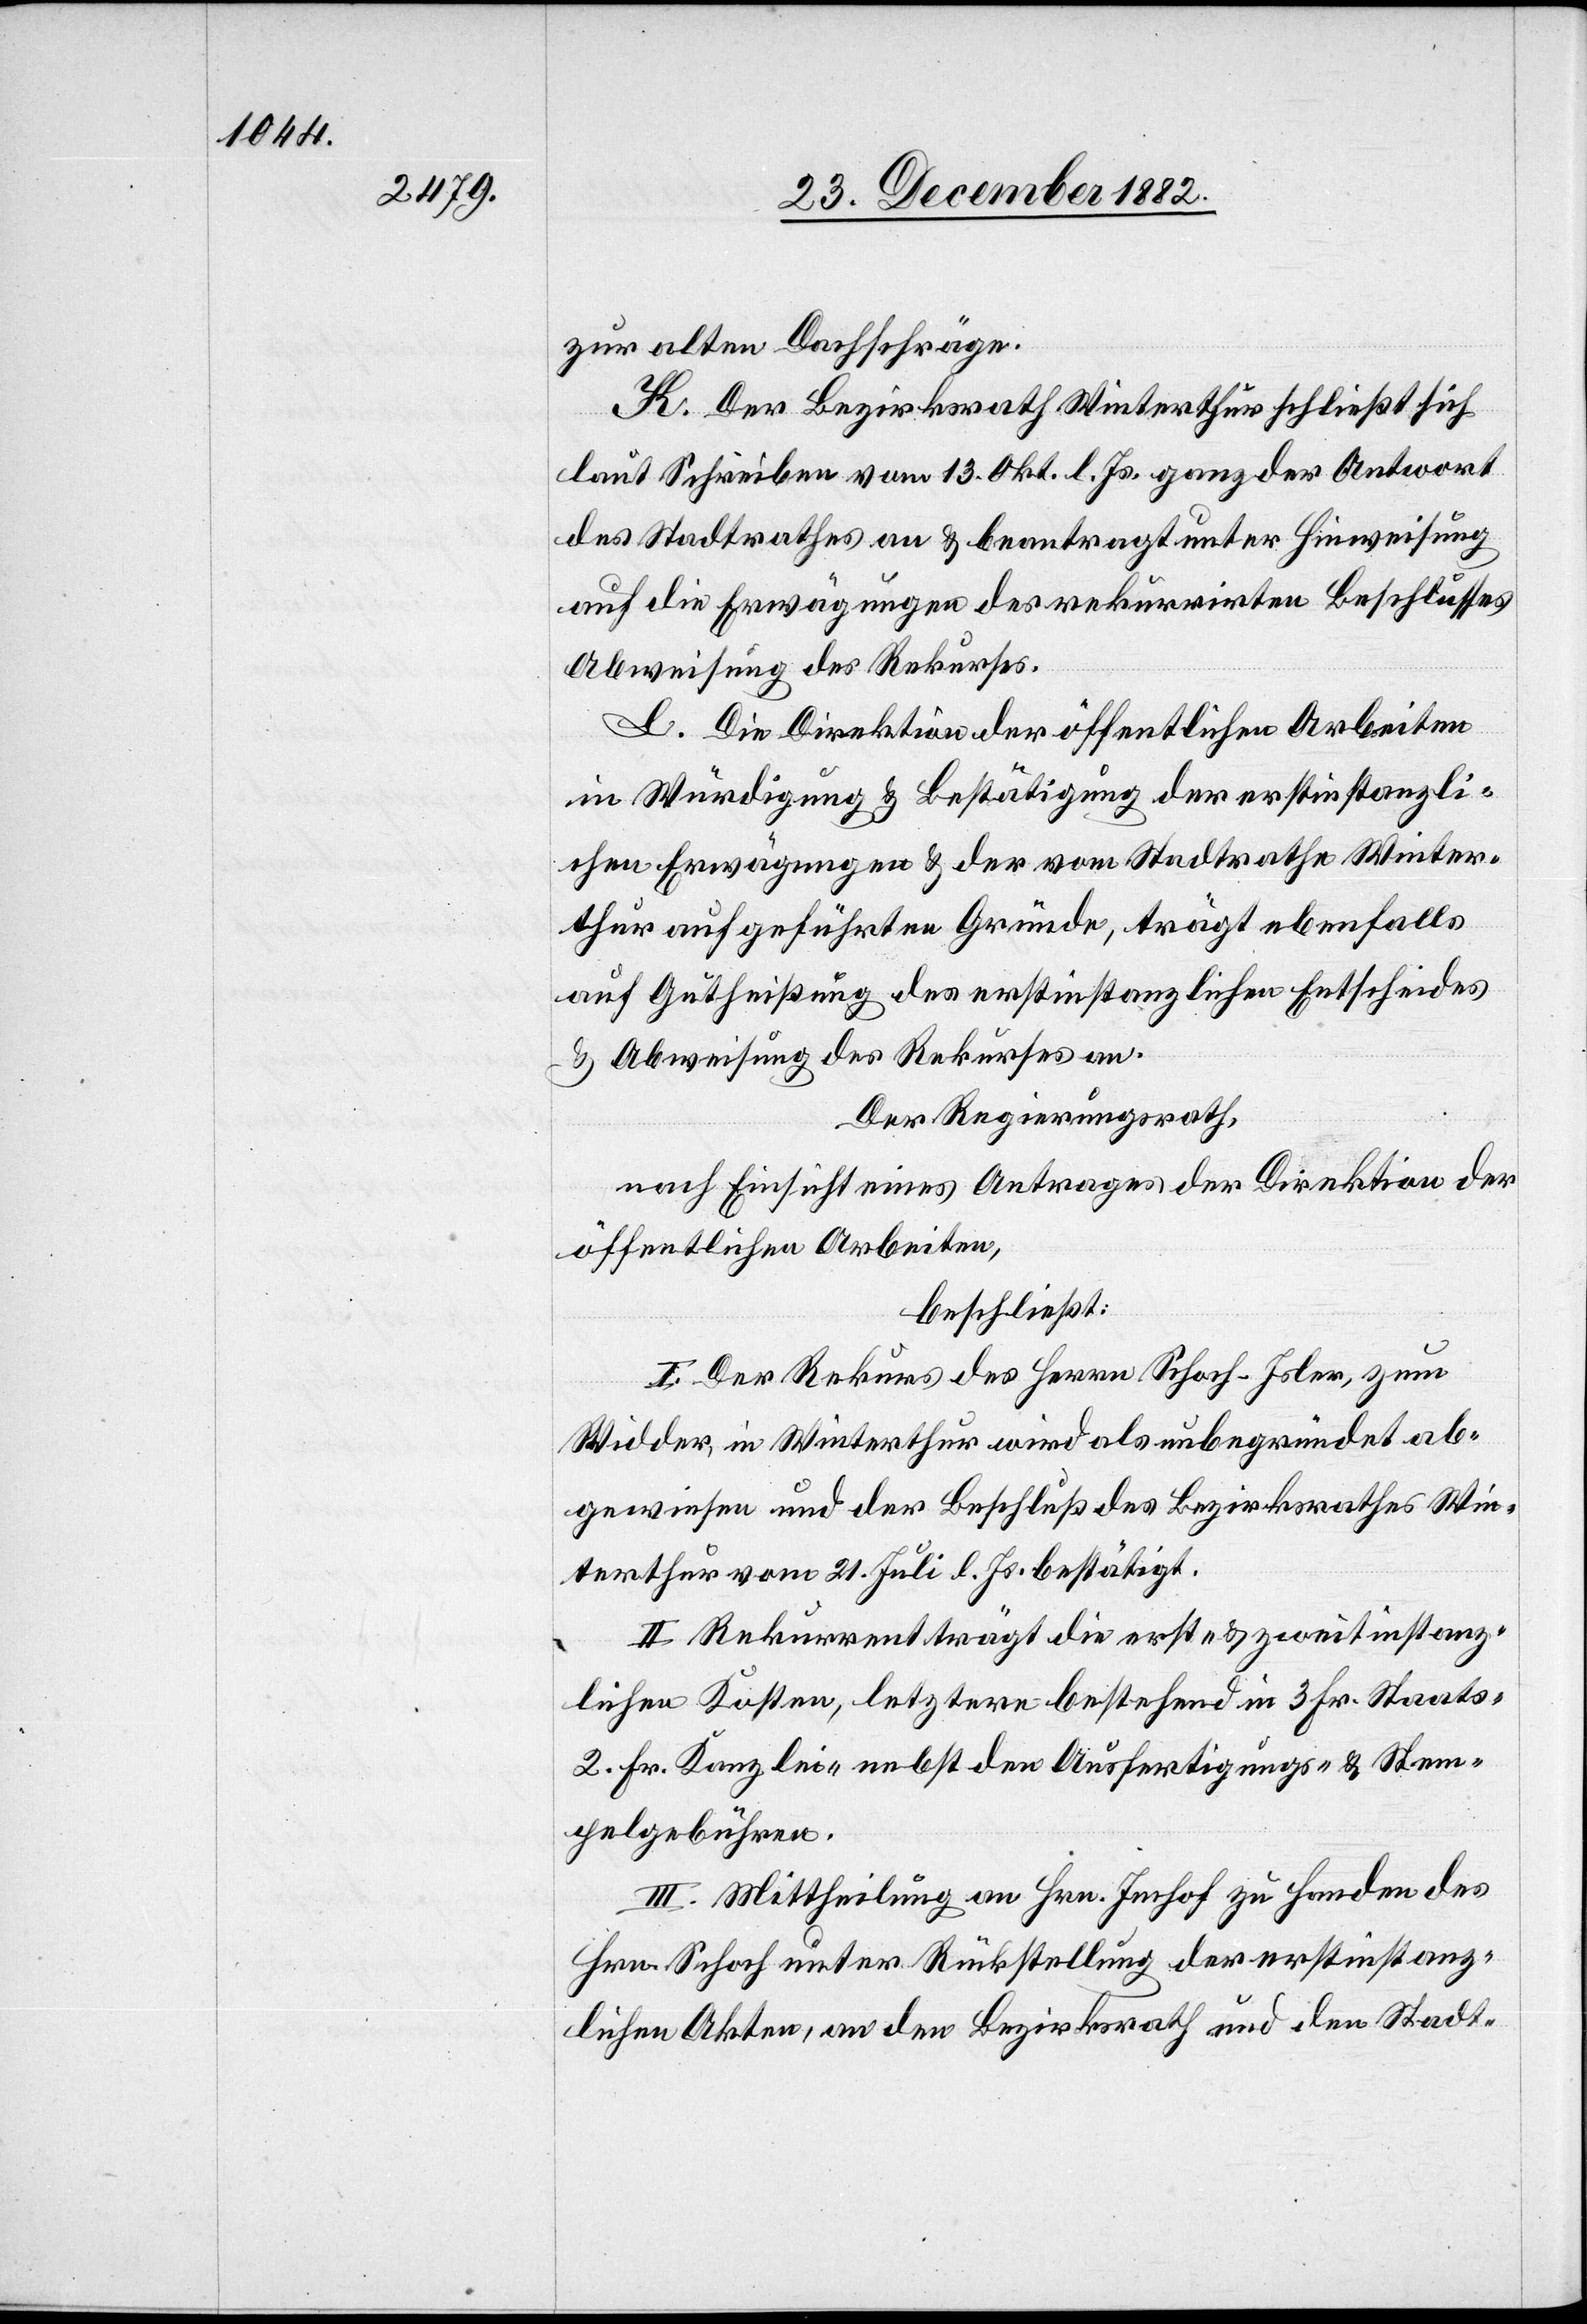
zur alten Dachschräge.
K. Der Bezirksrath Winterthur schließt sich
laut Schreiben vom 13. Okt. l. Js. ganz der Antwort
des Stadtrathes an & beantragt unter Hinweisung
auf die Erwägungen des rekurrirten Beschlusses
Abweisung des Rekurses.
L. Die Direktion der öffentlichen Arbeiten
in Würdigung & Bestätigung der erstinstanzli¬
chen Erwägungen & der vom Stadtrathe Winter¬
thur aufgeführten Gründe, trägt ebenfalls
auf Gutheißung des erstinstanzlichen Entscheides
& Abweisung des Rekurses an.
Der Regierungsrath,
nach Einsicht eines Antrages der Direktion der
öffentlichen Arbeiten,
beschließt:
I. Der Rekurs des Herrn Schoch-Isler, zum
Wider, in Winterthur wird als unbegründet ab¬
gewiesen und der Beschluß des Bezirksrathes Win¬
terthur vom 21. Juli l. Js. bestätigt.
II. Rekurrent trägt die erst- & zweitinstanz¬
lichen Kosten, letztere bestehend in 3 Fr. Staats-,
2 Fr. Kanzlei- nebst den Ausfertigungs- & Stem¬
pelgebühren.
III. Mittheilung an Hrn. Imhof zu Handen des
Hrn. Schoch unter Rückstellung der erstinstanz¬
lichen Akten, an den Bezirksrath und den Stadt-